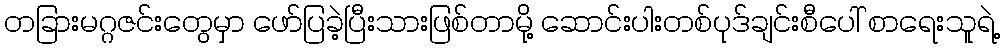
တခြားမဂ္ဂဇင်းတွေမှာ ဖော်ပြခဲ့ပြီးသားဖြစ်တာမို့ ဆောင်းပါးတစ်ပုဒ်ချင်းစီပေါ် စာရေးသူရဲ့